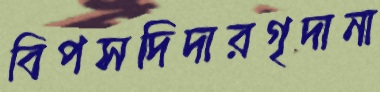
বিপসদিদারগৃদানা